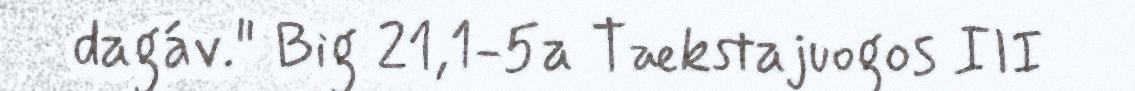
dagáv." Big 21,1-5a Tækstajuogos III